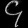
Digit: ၄